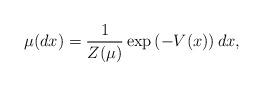
LaTeX: \begin{align*}\mu(dx) = \frac{1}{Z(\mu)} \exp\left(-V(x)\right)dx,\end{align*}